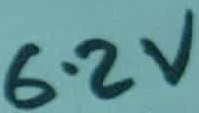
Text: 6.2V